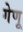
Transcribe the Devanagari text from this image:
गेणू